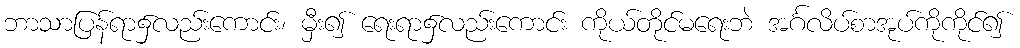
ဘာသာပြန်ရာ၌လည်းကောင်း၊ မှီး၍ ရေးရာ၌လည်းကောင်း ကိုယ်တိုင်မရေးဘဲ အင်္ဂလိပ်စာအုပ်ကိုကိုင်၍